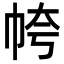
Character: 㡁